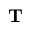
\mathbf { T }